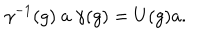
\gamma ^ { - 1 } ( g ) ~ a ~ \gamma ( g ) = U ( g ) a .